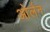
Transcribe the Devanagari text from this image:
ओर्लन